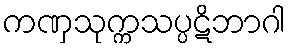
ကဏှသုက္ကသပ္ပဋိဘာဂါ